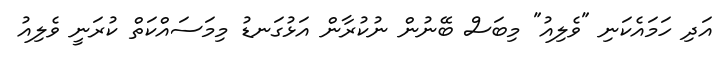
އަދި ހަމައެކަނި "ވެލިއު" މިބަސް ބޭނުން ނުކުރާން އަޅުގަނޑު މިމަސައްކަތް ކުރަނީ ވެލިއު